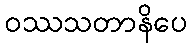
ဝဿသတာနိပေ